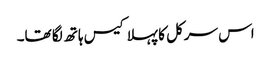
اس سرکل کا پہلا کیس ہاتھ لگا تھا۔